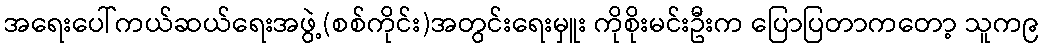
အရေးပေါ်ကယ်ဆယ်ရေးအဖွဲ့(စစ်ကိုင်း)အတွင်းရေးမှူး ကိုစိုးမင်းဦးက ပြောပြတာကတော့ သူက၉